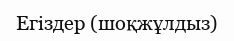
Егіздер (шоқжұлдыз)